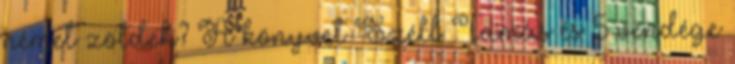
német zöldek? A könyvet Széll Tamás és 5 vendége